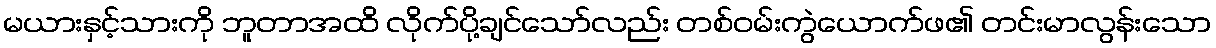
မယားနှင့်သားကို ဘူတာအထိ လိုက်ပို့ချင်သော်လည်း တစ်ဝမ်းကွဲယောက်ဖ၏ တင်းမာလွန်းသော